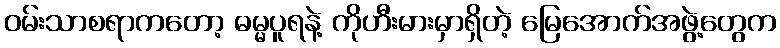
ဝမ်းသာစရာကတော့ ဓမ္မပူရနဲ့ ကိုဟီးမားမှာရှိတဲ့ မြေအောက်အဖွဲ့တွေက